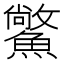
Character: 𩻪